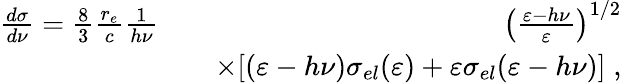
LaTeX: \begin{array}{rlr}{\frac{d\sigma}{d\nu}=\frac{8}{3}\frac{r_{e}}{c}\frac{1}{h\nu}}&{}&{\left(\frac{\varepsilon-h\nu}{\varepsilon}\right)^{1/2}}\\ &{}&{\times[(\varepsilon-h\nu)\sigma_{el}(\varepsilon)+\varepsilon\sigma_{el}(\varepsilon-h\nu)]\; ,}\end{array}